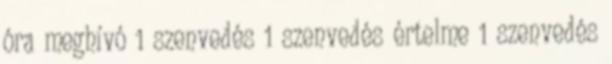
óra meghívó 1 szenvedés 1 szenvedés értelme 1 szenvedés